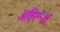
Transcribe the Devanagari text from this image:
अतिरूक्ष